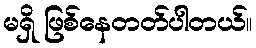
မရှိ ဖြစ်နေတတ်ပါတယ်။